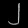
Digit: ၂